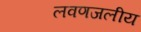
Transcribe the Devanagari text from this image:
लवणजलीय